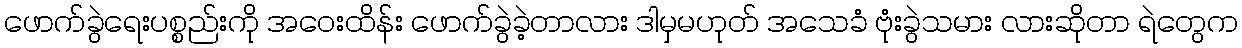
ဖောက်ခွဲရေးပစ္စည်းကို အဝေးထိန်း ဖောက်ခွဲခဲ့တာလား ဒါမှမဟုတ် အသေခံ ဗုံးခွဲသမား လားဆိုတာ ရဲတွေက